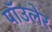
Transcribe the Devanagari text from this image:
पॉउलेर